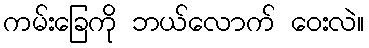
ကမ်းခြေကို ဘယ်လောက် ဝေးလဲ။